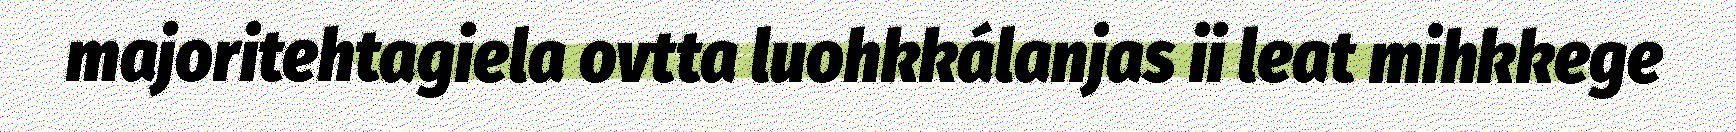
majoritehtagiela ovtta luohkkálanjas ii leat mihkkege